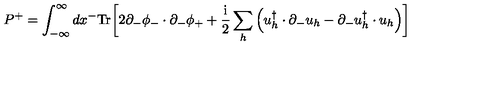
P ^ { + } = \int _ { - \infty } ^ { \infty } d x ^ { - } \mathrm { T r } \biggl [ 2 \partial _ { - } \phi _ { - } \cdot \partial _ { - } \phi _ { + } + { \frac { \mathrm { i } } { 2 } } \sum _ { h } \left( u _ { h } ^ { \dagger } \cdot \partial _ { - } u _ { h } - \partial _ { - } u _ { h } ^ { \dagger } \cdot u _ { h } \right) \biggr ]